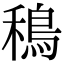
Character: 𫚴